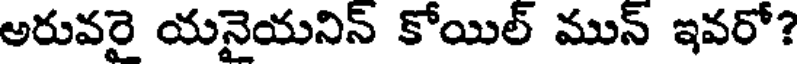
అరువరై యనైయనిన్ కోయిల్ మున్ ఇవరో?